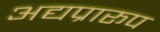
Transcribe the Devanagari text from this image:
अद्यप्रारूप